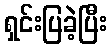
ရှင်းပြခဲ့ပြီး